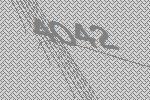
4042